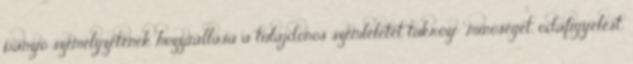
panzió személyzetének hozzáállása a tulajdonos szemléletét tükrözi: „minõséget, odafigyelést,